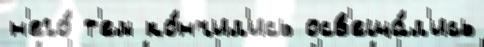
н'его́ т'ем ко́нчил'ись осв'еща́л'ись